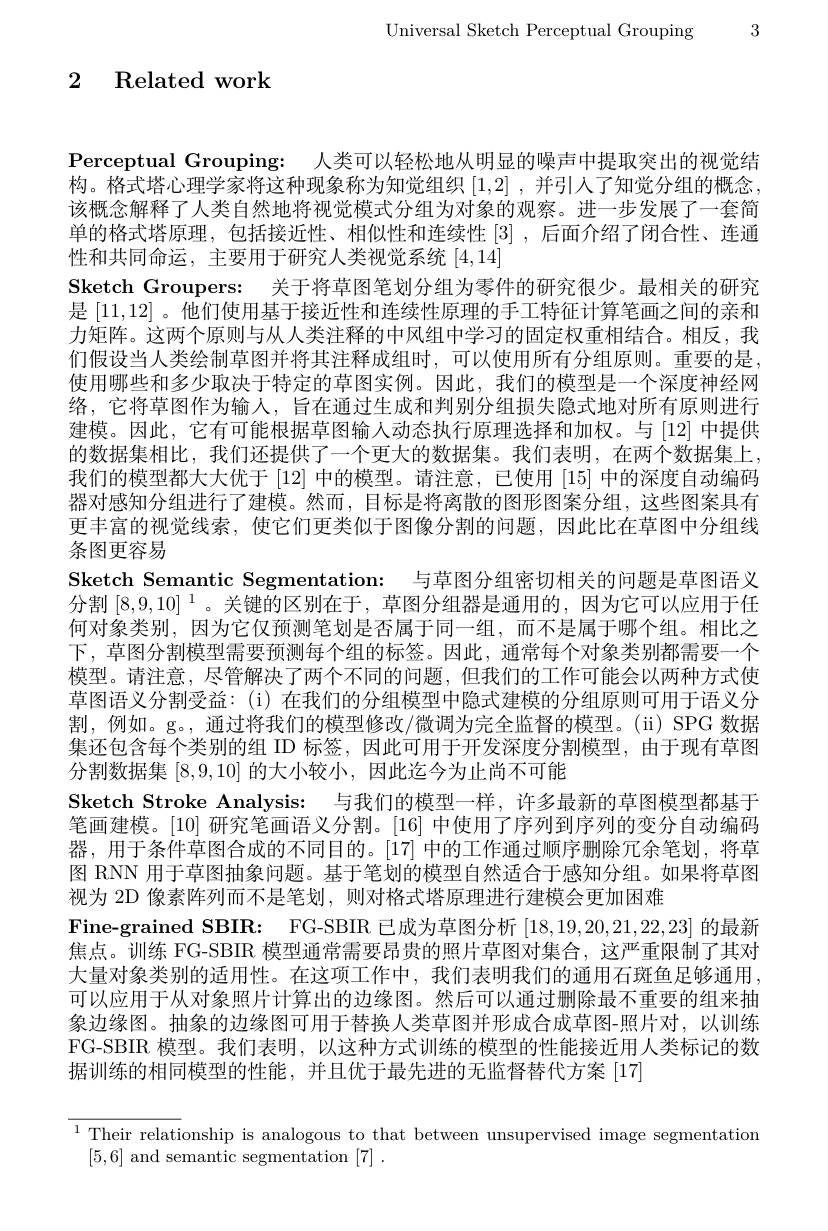
Universal Sketch Perceptual Grouping 3

2 Related work

$\textbf{Perceptual Grouping: 人 类 可 以 轻 松 地 从 明 显 的 噪 声 中 提 取 突 出 的 视 觉 结 }$ 构。格式塔心理学家将这种现象称为知觉组织[1,2] ,并引人了知觉分组的概念， 该概念解释了人类自然地将视觉模式分组为对象的观察。进一步发展了一套简单的格式塔原理，包括接近性、相似性和连续性[3],后面介绍了闭合性、连通性和共同命运，主要用于研究人类视觉系统[4,14]
Sketch Groupers: 关于将草图笔划分组为零件的研究很少。最相关的研究是[11,12]。他们使用基于接近性和连续性原理的手工特征计算笔画之间的亲和力矩阵。这两个原则与从人类注释的中风组中学习的固定权重相结合。相反，我们假设当人类绘制草图并将其注释成组时，可以使用所有分组原则。重要的是， 使用哪些和多少取决于特定的草图实例。因此，我们的模型是一个深度神经网络，它将草图作为输入，旨在通过生成和判别分组损失隐式地对所有原则进行建模。因此，它有可能根据草图输人动态执行原理选择和加权。与[12]中提供的数据集相比，我们还提供了一个更大的数据集。我们表明，在两个数据集上， 我们的模型都大大优于[12]中的模型。请注意，已使用[15]中的深度自动编码器对感知分组进行了建模。然而，目标是将离散的图形图案分组，这些图案具有更丰富的视觉线索，使它们更类似于图像分割的问题，因此比在草图中分组线条图更容易
Sketch Semantic Segmentation: 与草图分组密切相关的问题是草图语义分割$[8,9,10]^1$。关键的区别在于，草图分组器是通用的，因为它可以应用于任何对象类别，因为它仅预测笔划是否属于同一组，而不是属于哪个组。相比之下，草图分割模型需要预测每个组的标签。因此，通常每个对象类别都需要一个模型。请注意，尽管解决了两个不同的问题，但我们的工作可能会以两种方式使草图语义分割受益：(i)在我们的分组模型中隐式建模的分组原则可用于语义分割，例如。g。, 通过将我们的模型修改/微调为完全监督的模型。(ii) SPG 数据集还包含每个类别的组 ID 标签，因此可用于开发深度分割模型，由于现有草图分割数据集[8,9,10]的大小较小，因此迄今为止尚不可能
Sketch Stroke Analysis: 与我们的模型一样，许多最新的草图模型都基于笔画建模。[10]研究笔画语义分割。[16]中使用了序列到序列的变分自动编码器，用于条件草图合成的不同目的。[17] 中的工作通过顺序删除冗余笔划，将草图 RNN 用于草图抽象问题。基于笔划的模型自然适合于感知分组。如果将草图视为 2D 像素阵列而不是笔划，则对格式塔原理进行建模会更加困难
Fine-grained SBIR: FG-SBIR 已成为草图分析[18,19,20,21,22,23]的最新焦点。训练 FG-SBIR 模型通常需要昂贵的照片草图对集合，这严重限制了其对大量对象类别的适用性。在这项工作中，我们表明我们的通用石斑鱼足够通用， 可以应用于从对象照片计算出的边缘图。然后可以通过删除最不重要的组来抽象边缘图。抽象的边缘图可用于替换人类草图并形成合成草图-照片对，以训练FG-SBIR 模型。我们表明，以这种方式训练的模型的性能接近用人类标记的数据训练的相同模型的性能，并且优于最先进的无监督替代方案[17]

$\overline{^1\text{Their relati}}$onship is analogous to that between unsupervised image segmentation
[5,6] and semantic segmentation [7] .